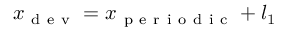
x _ { \mathrm { ~ d ~ e ~ v ~ } } = x _ { \mathrm { ~ p ~ e ~ r ~ i ~ o ~ d ~ i ~ c ~ } } + l _ { 1 }